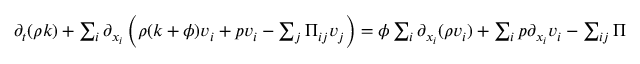
\begin{array} { r } { \partial _ { t } ( \rho k ) + \sum _ { i } \partial _ { x _ { i } } \left( \rho ( k + \phi ) v _ { i } + p v _ { i } - \sum _ { j } { \Pi _ { i j } v _ { j } } \right) = \phi \sum _ { i } \partial _ { x _ { i } } ( \rho v _ { i } ) + \sum _ { i } p \partial _ { x _ { i } } v _ { i } - \sum _ { i j } \Pi _ { i j } \partial _ { x _ { i } } v _ { j } \, . } \end{array}